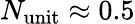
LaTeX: N_{\mathrm{unit}}\approx 0.5